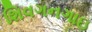
શિવગનગાઇ